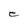
Character: e